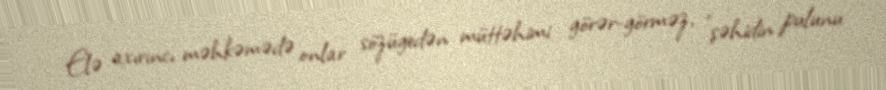
Elə axırıncı məhkəmədə onlar sözügedən müttəhimi görər-görməz, "şəhidin pulunu